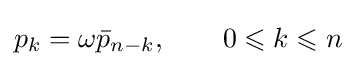
p_{k}=\omega {\bar {p}}_{n-k},\qquad 0\leqslant k\leqslant n